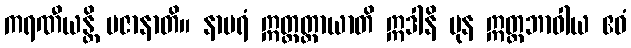
ကရဏီယန္တိ ပဇာနာတိ။ နာပရံ ဣတ္ထတ္တာယာတိ ဣဒါနိ ပုန ဣတ္ထဘာဝါယ ဧဝံ